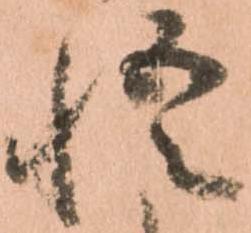
悟